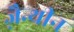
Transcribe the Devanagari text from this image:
ज़ैन्थीन